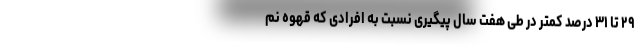
۲۹ تا ۳۱ درصد کمتر در طی هفت سال پیگیری نسبت به افرادی که قهوه نم